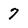
Character: 7